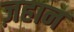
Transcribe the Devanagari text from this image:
ज़हान